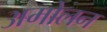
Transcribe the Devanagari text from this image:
अमोलन